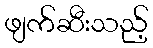
ဖျက်ဆီးသည့်